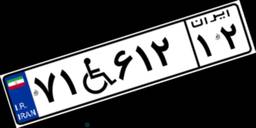
۷۱W۶۱۲۱۲